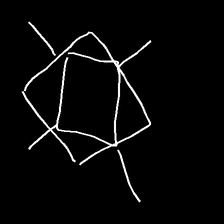
Glyph: light